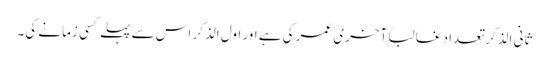
ثانی الذکر تعداد غالباً آخری عمر کی ہے اور اول الذکر اس سے پہلے کسی زمانے کی۔